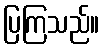
ပြကြသည်။